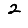
Digit: 2